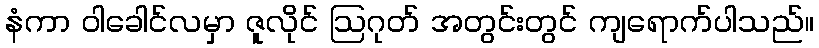
နံကာ ဝါခေါင်လမှာ ဇူလိုင် ဩဂုတ် အတွင်းတွင် ကျရောက်ပါသည်။